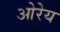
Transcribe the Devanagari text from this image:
ओरेय